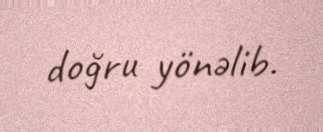
doğru yönəlib.